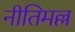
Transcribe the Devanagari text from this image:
नीतिमल्ल